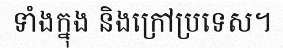
ទាំងក្នុង និងក្រៅប្រទេស។